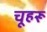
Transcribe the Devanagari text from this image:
चूहरू